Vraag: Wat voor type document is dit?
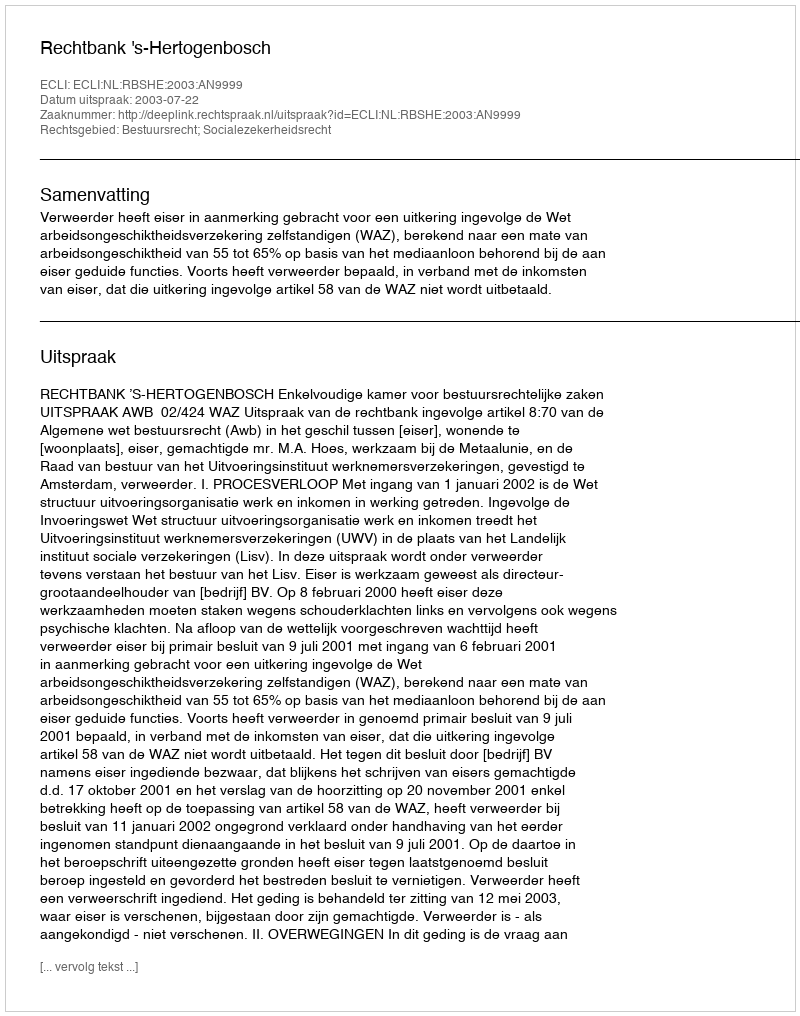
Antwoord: Uitspraak